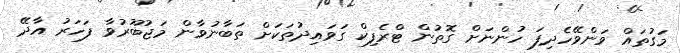
މަގުތައް ވަންވޭހެދިފަ ހުންނަށް ގޮތުން ޓްރެފިކް ގަވައިދުތަކަށް ތަބާނުވާން މަޖުބޫރުވާ ފަހަރު އާދޭ